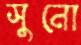
সুনো